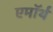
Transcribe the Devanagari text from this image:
एमॉर्थ